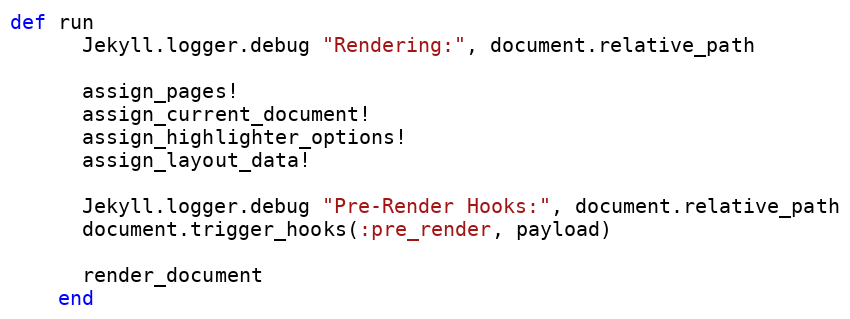
Language: Ruby
def run
      Jekyll.logger.debug "Rendering:", document.relative_path

      assign_pages!
      assign_current_document!
      assign_highlighter_options!
      assign_layout_data!

      Jekyll.logger.debug "Pre-Render Hooks:", document.relative_path
      document.trigger_hooks(:pre_render, payload)

      render_document
    end